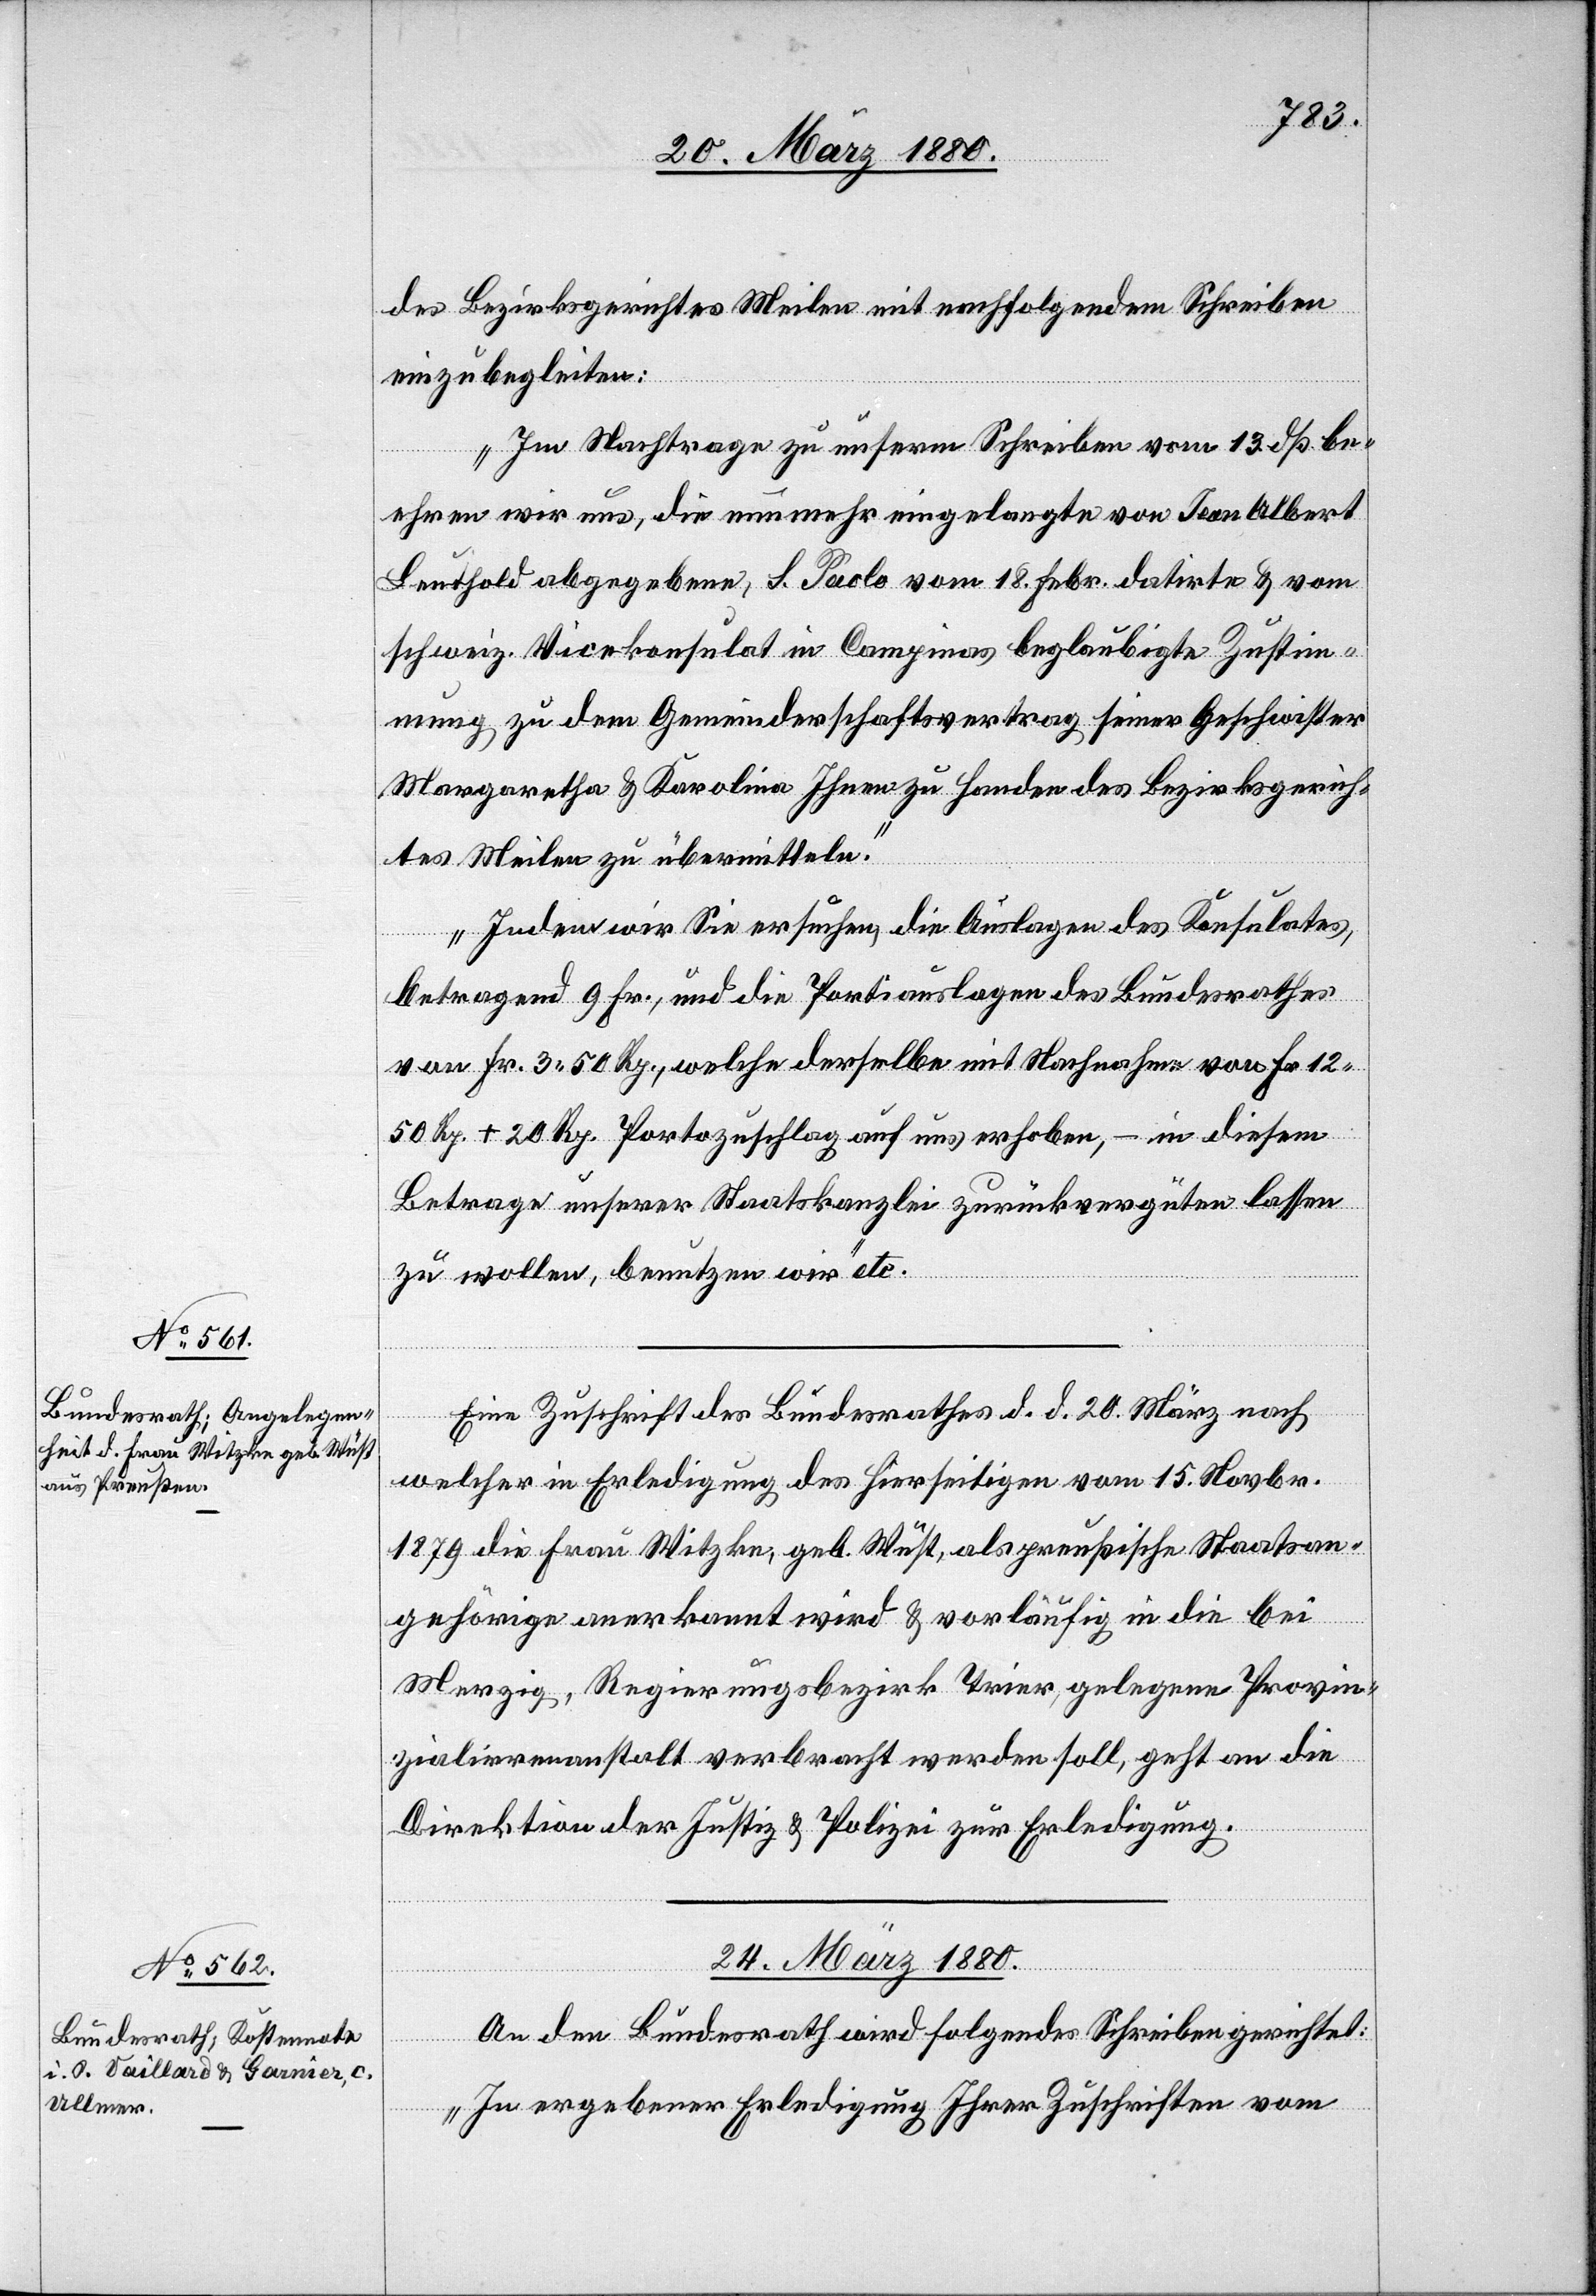
des Bezirksgerichtes Meilen mit nachfolgendem Schreiben
einzubegleiten:
„Im Nachtrage zu unserm Schreiben vom 13. dß be¬
ehren wir uns, die nunmehr eingelangte von Jean Albert
Leuthold abgegebene, S. Paolo vom 18. Febr. datirte & vom
schweiz. Vicekonsulat in Campinas beglaubigte Zustim¬
mung zu dem Gemeinderschaftsvertrag seiner Geschwister
Margaretha & Karolina Ihnen zu Handen des Bezirksgerich¬
tes Meilen zu übermitteln.
Indem wir Sie ersuchen, die Auslagen des Konsulates,
betragend 9 Fr., und die Portiauslagen des Bundesrathes
von Fr.3 50 Rp., welche derselbe mit Nachnahme von Fr. 12
50 Rp. + 20 Rp. Portozuschlag auf uns erhoben, – in diesem
Betrage unserer Staatskanzlei zurückvergüten lassen
zu wollen, benutzen wir“ etc.
Eine Zuschrift des Bundesrathes d. d. 20. März nach
welcher in Erledigung des hierseitigen vom 15. Novbr.
1879 die Frau Witzke, geb. Wüst, als preußische Staatsna¬
gehörige anerkannt wird & vorläufig in die bei
Merzig, Regierungsbezirk Trier, gelegene Provin¬
zialanstalt verbracht werden soll, geht an die
Direktion der Justiz & Polizei zur Erledigung.
24. März 1880.
An den Bundesrath wird folgendes Schreiben gerichtet:
„In ergebener Erledigung Ihrer Zuschriften vom